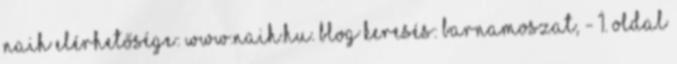
NAIH elérhetősége: www.naih.hu. Blog keresés: barnamoszat, - 1. oldal